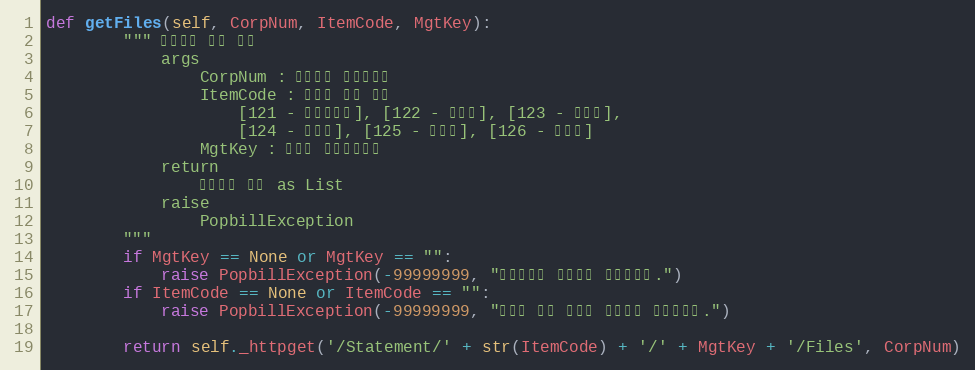
Language: Python
def getFiles(self, CorpNum, ItemCode, MgtKey):
        """ 첨부파일 목록 확인
            args
                CorpNum : 팝빌회원 사업자번호
                ItemCode : 명세서 종류 코드
                    [121 - 거래명세서], [122 - 청구서], [123 - 견적서],
                    [124 - 발주서], [125 - 입금표], [126 - 영수증]
                MgtKey : 파트너 문서관리번호
            return
                첨부파일 목록 as List
            raise
                PopbillException
        """
        if MgtKey == None or MgtKey == "":
            raise PopbillException(-99999999, "관리번호가 입력되지 않았습니다.")
        if ItemCode == None or ItemCode == "":
            raise PopbillException(-99999999, "명세서 종류 코드가 입력되지 않았습니다.")

        return self._httpget('/Statement/' + str(ItemCode) + '/' + MgtKey + '/Files', CorpNum)